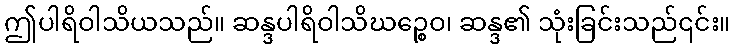
ဤပါရိဝါသိယသည်။ ဆန္ဒပါရိဝါသိဃဉ္စေဝ၊ ဆန္ဒ၏ သုံးခြင်းသည်၎င်း။